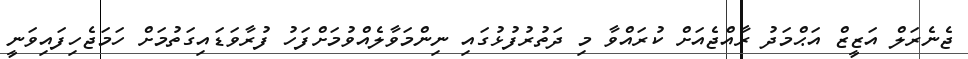
ޖެނެރަލް އަޒީޒް އަޙްމަދު ރާއްޖެއަށް ކުރައްވާ މި ދަތުރުފުޅުގައި ނިންމަވާލެއްވުމަށްފަހު ފުރާވަޑައިގަތުމަށް ހަމަޖެހިފައިވަނީ